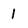
Character: 1